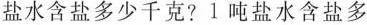
盐水含盐多少千克?1吨盐水含盐多